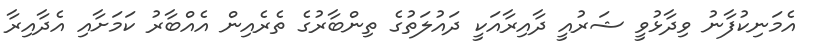
އެމަނިކުފާނު ވިދާޅުވީ ޝަރުއީ ދާއިރާއަކީ ދައުލަތުގެ ތިންބާރުގެ ތެރެއިން އެއްބާރު ކަމަށާއި އެދާއިރާ